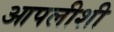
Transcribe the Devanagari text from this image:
आपलीशी